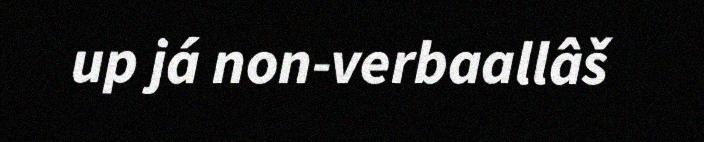
up já non-verbaallâš